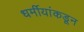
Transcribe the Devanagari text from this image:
धर्मीयांकडून